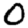
Digit: 0